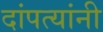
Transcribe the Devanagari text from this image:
दांपत्यांनी